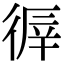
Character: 𢔭